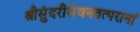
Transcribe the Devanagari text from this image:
श्रीसुंदरीसेवनतत्परानां